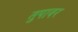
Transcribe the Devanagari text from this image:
तुपावर